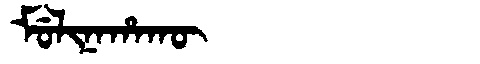
Manchu: ᠮᡠᠯᡳᠨᠠᡥᠠᡴᡡ
Romanization: MULINAHAKŪ